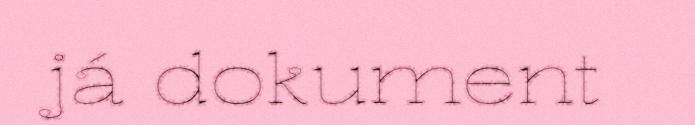
já dokument